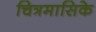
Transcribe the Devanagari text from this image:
चित्रमासिके